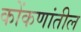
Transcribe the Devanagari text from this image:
कोंकणांतील